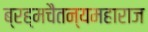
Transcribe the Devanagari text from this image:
ब्रह्मचैतन्यमहाराज